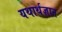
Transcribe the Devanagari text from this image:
यथार्थज्ञान